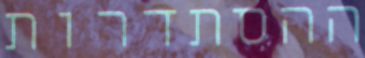
ההסתדרות